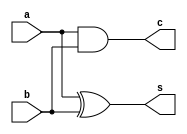
`timescale 1ns / 1ps
// Module Name: halfadder_beh


module halfadder_beh(s,c,a,b

    );
    input a,b;
    output reg s,c;
    always@(*)
    begin
    s=a^b;
    c=a&b;
    end
endmodule